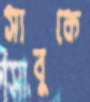
সাবুকে